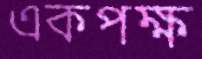
একপক্ষ